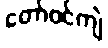
တော်ဝင်ကျဲ